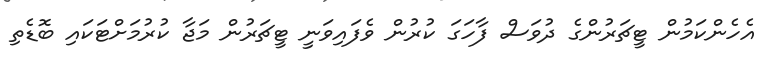
އެހެންކަމުން ޓީޗަރުންގެ ދުވަސް ފާހަގަ ކުރުން ވެފައިވަނީ ޓީޗަރުން މަޖާ ކުރުމަށްޓަކައި ބޮޑެތި